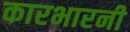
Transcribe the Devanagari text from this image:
कारभारनी